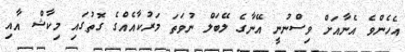
އެހެންވެ އެނާއަށް ވިސްނުނީ އޭނާގެ ލޭބަލް ނުވަތަ މަރުކާއެއްގެ ގޮތުގައި މިކާޝް އާއި